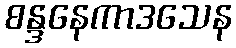
စန္ဒနေကာဒသေန